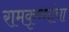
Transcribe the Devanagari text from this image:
रामकृष्णांचा